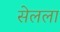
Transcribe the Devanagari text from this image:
सेलला